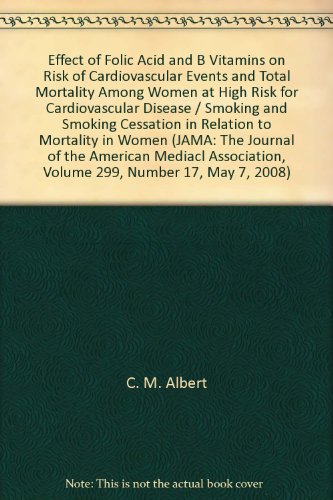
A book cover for Effect of Folic Acid and B Vitamins on Risk of Cardiovascular Events and Total Mortality Among Women at High Risk for Cardiovascular Disease / Smoking and Smoking Cessation in Relation to Mortality in Women (JAMA: The Journal of the American Mediacl Association, Volume 299, Number 17, May 7, 2008); C. M. Albert; Health, Fitness & Dieting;